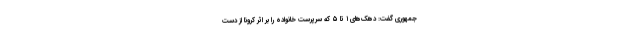
جمهوری گفت: دهک‌های ۱ تا ۵ که سرپرست خانواده را بر اثر کرونا از دست